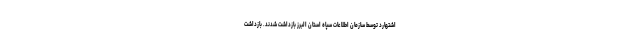
اشتهارد توسط سازمان اطلاعات سپاه استان البرز بازداشت شدند. بازداشت